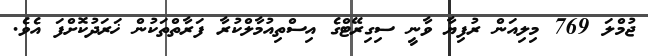
ޖުމްލަ 769 މިލިއަން ރުފިޔާ ވާނީ ސިގިރޭޓްގެ އިސްތިއުމާލްކުރާ ފަރާތްތަކުން ޚަރަދުކޮށްފަ އެވެ.